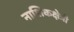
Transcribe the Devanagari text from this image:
नाशिकक्षेत्री